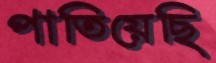
পাতিয়েছি